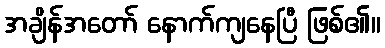
အချိန်အတော် နောက်ကျနေပြီ ဖြစ်၏။